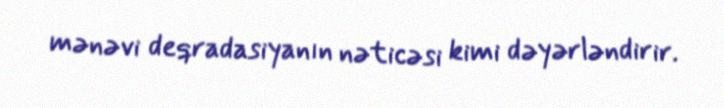
mənəvi deqradasiyanın nəticəsi kimi dəyərləndirir.